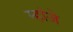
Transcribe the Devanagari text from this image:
म्हांजे